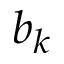
b _ { k }